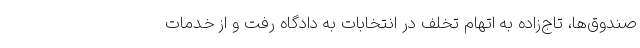
صندوق‌ها، تاج‌زاده به اتهام تخلف در انتخابات به دادگاه رفت و از خدمات